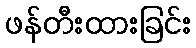
ဖန်တီးထားခြင်း